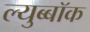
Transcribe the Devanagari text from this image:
ल्युब्बॉक